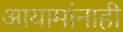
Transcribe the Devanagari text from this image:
आयामांनाही